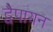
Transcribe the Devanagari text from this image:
द्वेैपायन